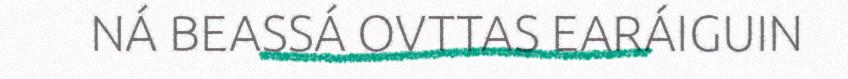
NÁ BEASSÁ OVTTAS EARÁIGUIN